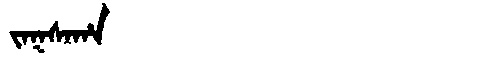
Manchu: ᠵᠠᡴᠰᠠᡥᠠ
Romanization: JAKSAHA